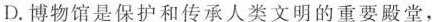
D.博物馆是保护和传承人类文明的重要殿堂，